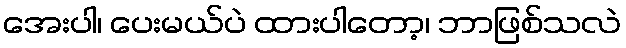
အေးပါ၊ ပေးမယ်ပဲ ထားပါတော့၊ ဘာဖြစ်သလဲ